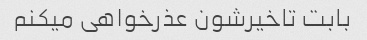
بابت تاخیرشون عذرخواهی میکنم